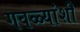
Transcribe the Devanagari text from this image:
गवळ्यांशी